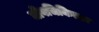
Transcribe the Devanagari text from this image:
जीवचिकित्सा